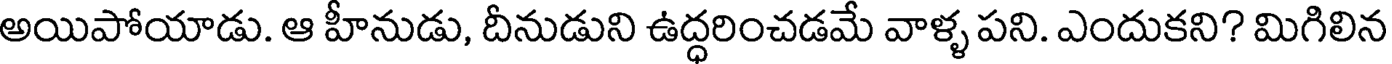
అయిపోయాడు. ఆ హీనుడు, దీనుడుని ఉద్ధరించడమే వాళ్ళ పని. ఎందుకని? మిగిలిన